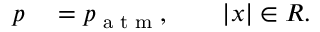
\begin{array} { r l } { p } & { { } = p _ { \textrm { a t m } } , \qquad | \boldsymbol { x } | \in R . } \end{array}